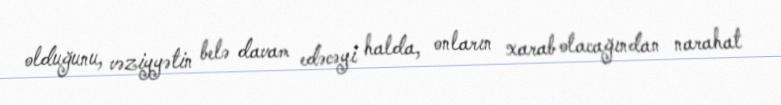
olduğunu, vəziyyətin belə davam edəcəyi halda, onların xarab olacağından narahat